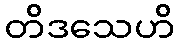
တိဒသေဟိ